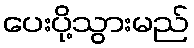
ပေးပို့သွားမည်